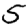
Digit: 5